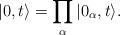
LaTeX: \begin{align*}\vert 0 , t \rangle = \prod_{\alpha} \vert 0_{\alpha},t \rangle.\end{align*}